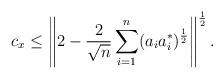
LaTeX: \begin{align*}c_x \leq \left\|2-\frac{2}{\sqrt{n}}\sum_{i=1}^{n}(a_ia_i^*)^\frac{1}{2}\right\|^\frac{1}{2}.\end{align*}